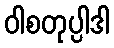
ဝါစတုပ္ပါဒါ